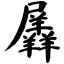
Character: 羼